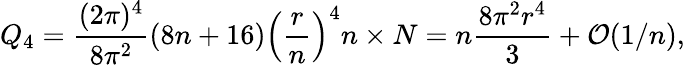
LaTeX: Q_{4}=\frac{(2\pi)^{4}}{8\pi^{2}}(8n+16)\left({\frac{r}{n}}\right)^{4}n\times N=n\frac{8\pi^{2}r^{4}}{3}+{\cal O}(1/n),